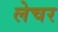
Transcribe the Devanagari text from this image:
लेचर